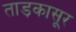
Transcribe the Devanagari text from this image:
ताड़कासूर